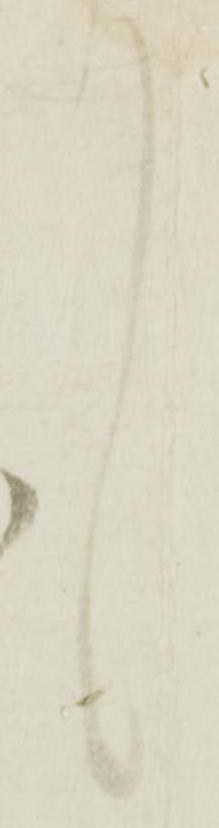
言